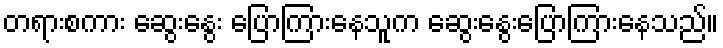
တရားစကား ဆွေးနွေး ပြောကြားနေသူက ဆွေးနွေးပြောကြားနေသည်။